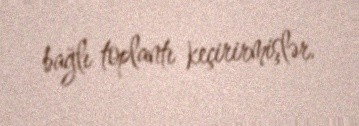
bağlı toplantı keçirirmişlər.